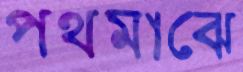
পথমাঝে